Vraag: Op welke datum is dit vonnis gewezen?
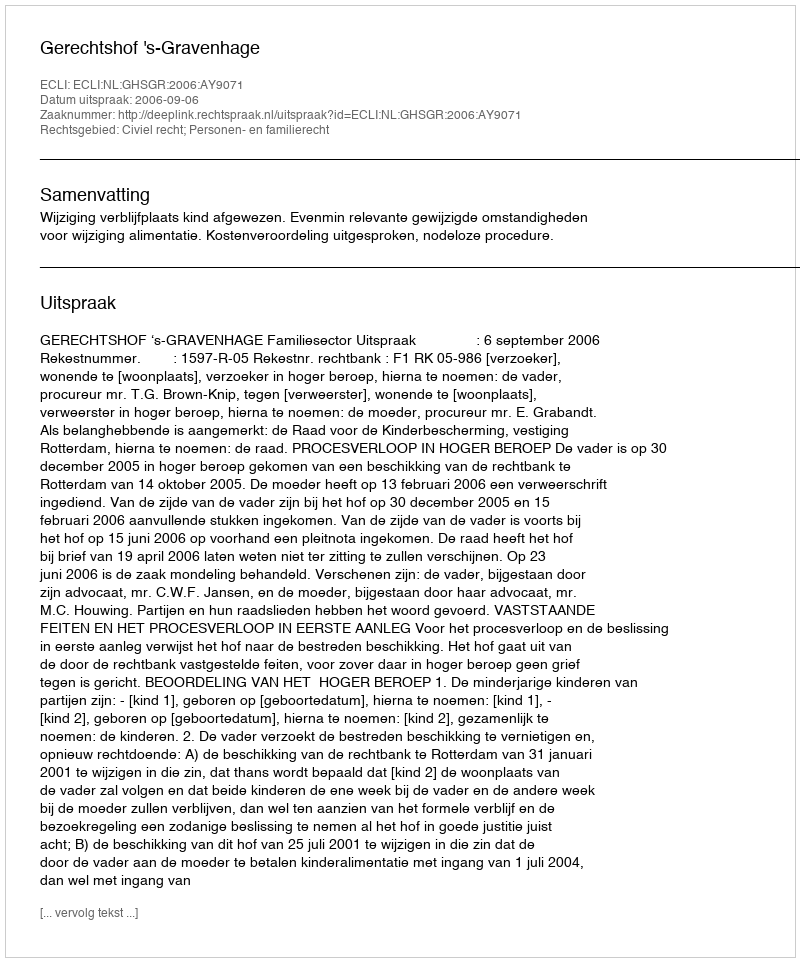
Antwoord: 2006-09-06